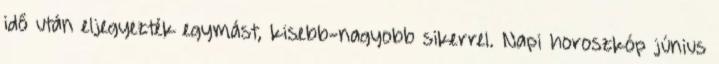
idő után eljegyezték egymást, kisebb-nagyobb sikerrel. Napi horoszkóp június